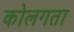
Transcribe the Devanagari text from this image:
कोलगता